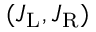
( J _ { \mathrm { L } } , J _ { \mathrm { R } } )